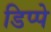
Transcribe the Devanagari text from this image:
डिप्‍पे